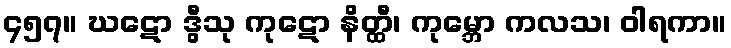
၄၅၇။ ဃဋော ဒွီသု ကုဋော နိတ္ထီ၊ ကုမ္ဘော ကလသ၊ ဝါရကာ။